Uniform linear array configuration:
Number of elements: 4
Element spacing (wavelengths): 0.75
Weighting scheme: hann
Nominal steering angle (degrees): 60
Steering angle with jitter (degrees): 61.782
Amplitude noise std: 0.05
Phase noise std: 0.05

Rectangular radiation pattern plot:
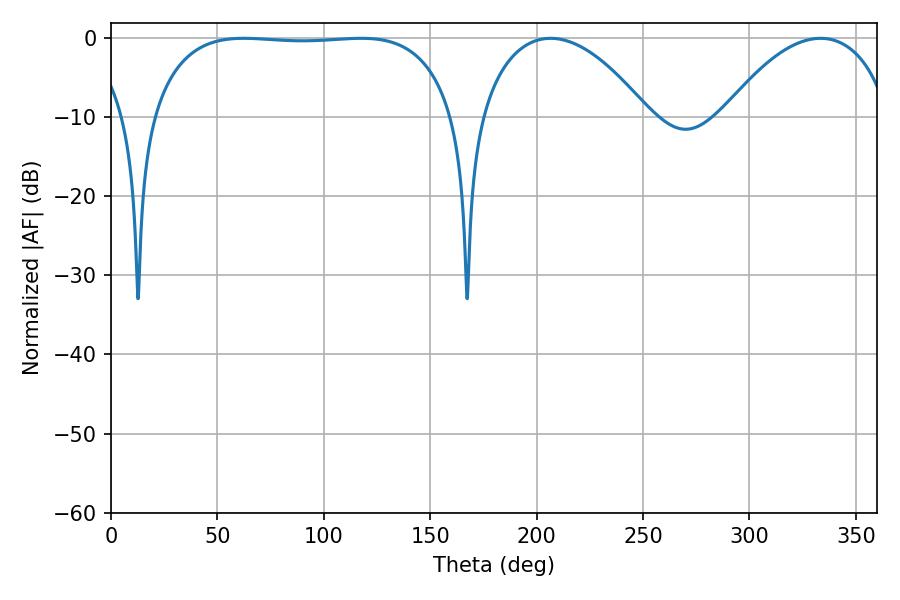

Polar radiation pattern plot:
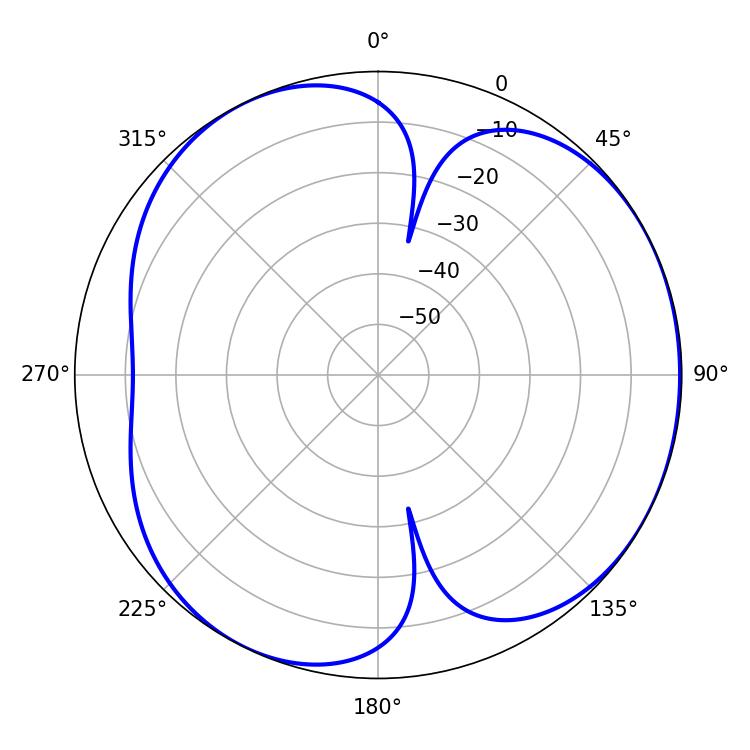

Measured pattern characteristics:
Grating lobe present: TRUE
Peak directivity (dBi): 4.201
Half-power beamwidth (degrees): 112.68
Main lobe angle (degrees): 62.46